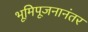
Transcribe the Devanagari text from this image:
भूमिपूजनानंतर